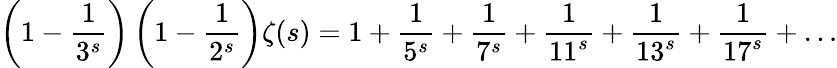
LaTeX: \left(1-{\frac{1}{3^{s}}}\right)\left(1-{\frac{1}{2^{s}}}\right)\zeta(s)=1+{\frac{1}{5^{s}}}+{\frac{1}{7^{s}}}+{\frac{1}{11^{s}}}+{\frac{1}{13^{s}}}+{\frac{1}{17^{s}}}+\ldots